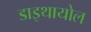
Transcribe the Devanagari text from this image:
डाइथायोल